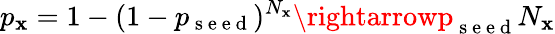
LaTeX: p_{\mathbf{x}}=1-(1-p_{\mathrm{{~s~e~e~d~}}})^{N_{\mathbf{x}}}\rightarrowp_{\mathrm{{~s~e~e~d~}}}N_{\mathbf{x}}